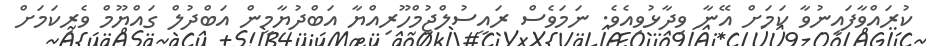
ކުރައްވާފައިނުވާ ކަމަށް އޭނާ ވިދާޅުވިއެވެ. ނަމަވެސް ރައީސުލްޖުމްހޫރިއްޔާ އަބްދުޔާމީން އަބްދުލް ގައްޔޫމް ވެރިކަމަށް